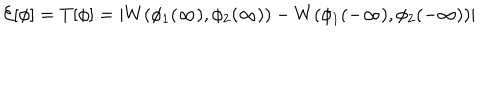
LaTeX: { \cal E } [ \phi ] = T [ \phi ] = | W ( \phi _ { 1 } ( \infty ) , \phi _ { 2 } ( \infty ) ) - W ( \phi _ { 1 } ( - \infty ) , \phi _ { 2 } ( - \infty ) ) |